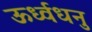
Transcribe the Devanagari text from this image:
ऊर्ध्वधनु